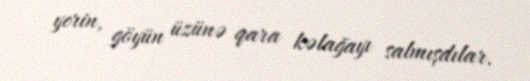
yerin, göyün üzünə qara kəlağayı salmışdılar.